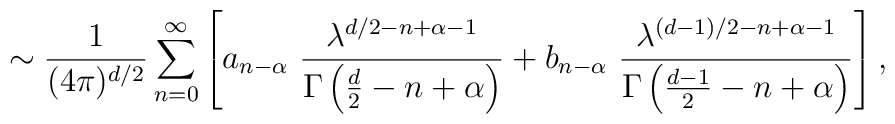
\sim {1\over (4\pi)^{d/2}}\sum_{n=0}^\infty\left[a_{n-\alpha}~ { \lambda^{d/2-n+\alpha-1}\over \Gamma\left(\frac d2 -n +\alpha\right)}+b_{n-\alpha}~ { \lambda^{(d-1)/2-n+\alpha-1}\over \Gamma\left({d-1 \over 2} -n +\alpha\right)}\right],